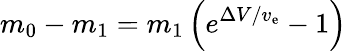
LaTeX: m_{0}-m_{1}=m_{1}\left(e^{\Delta V/v_{\mathrm{e}}}-1\right)